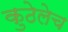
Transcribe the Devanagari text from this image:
कुठेलेच